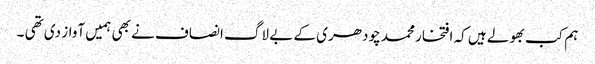
ہم کب بھولے ہیں کہ افتخار محمد چودھری کے بے لاگ انصاف نے بھی ہمیں آواز دی تھی ۔